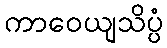
ကာဝေယျသိပ္ပံ